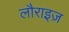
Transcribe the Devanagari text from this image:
लौराइज़